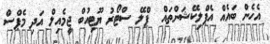
އެހެން ބައެއް އެޕްލިކޭޝަންތައް  ޕްލޭ ސްޓޯރު ޔޫޓިއުބް ޖީމެއިލް އަދި މެޕްސް